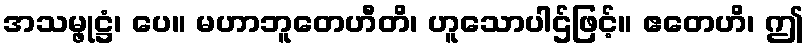
အသမ္ဖုဋ္ဌံ၊ ပေ။ မဟာဘူတေဟီတိ၊ ဟူသောပါဌ်ဖြင့်။ ဧတေဟိ၊ ဤ